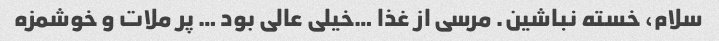
سلام، خسته نباشین. مرسی از غذا …خیلی عالی بود … پر ملات و خوشمزه